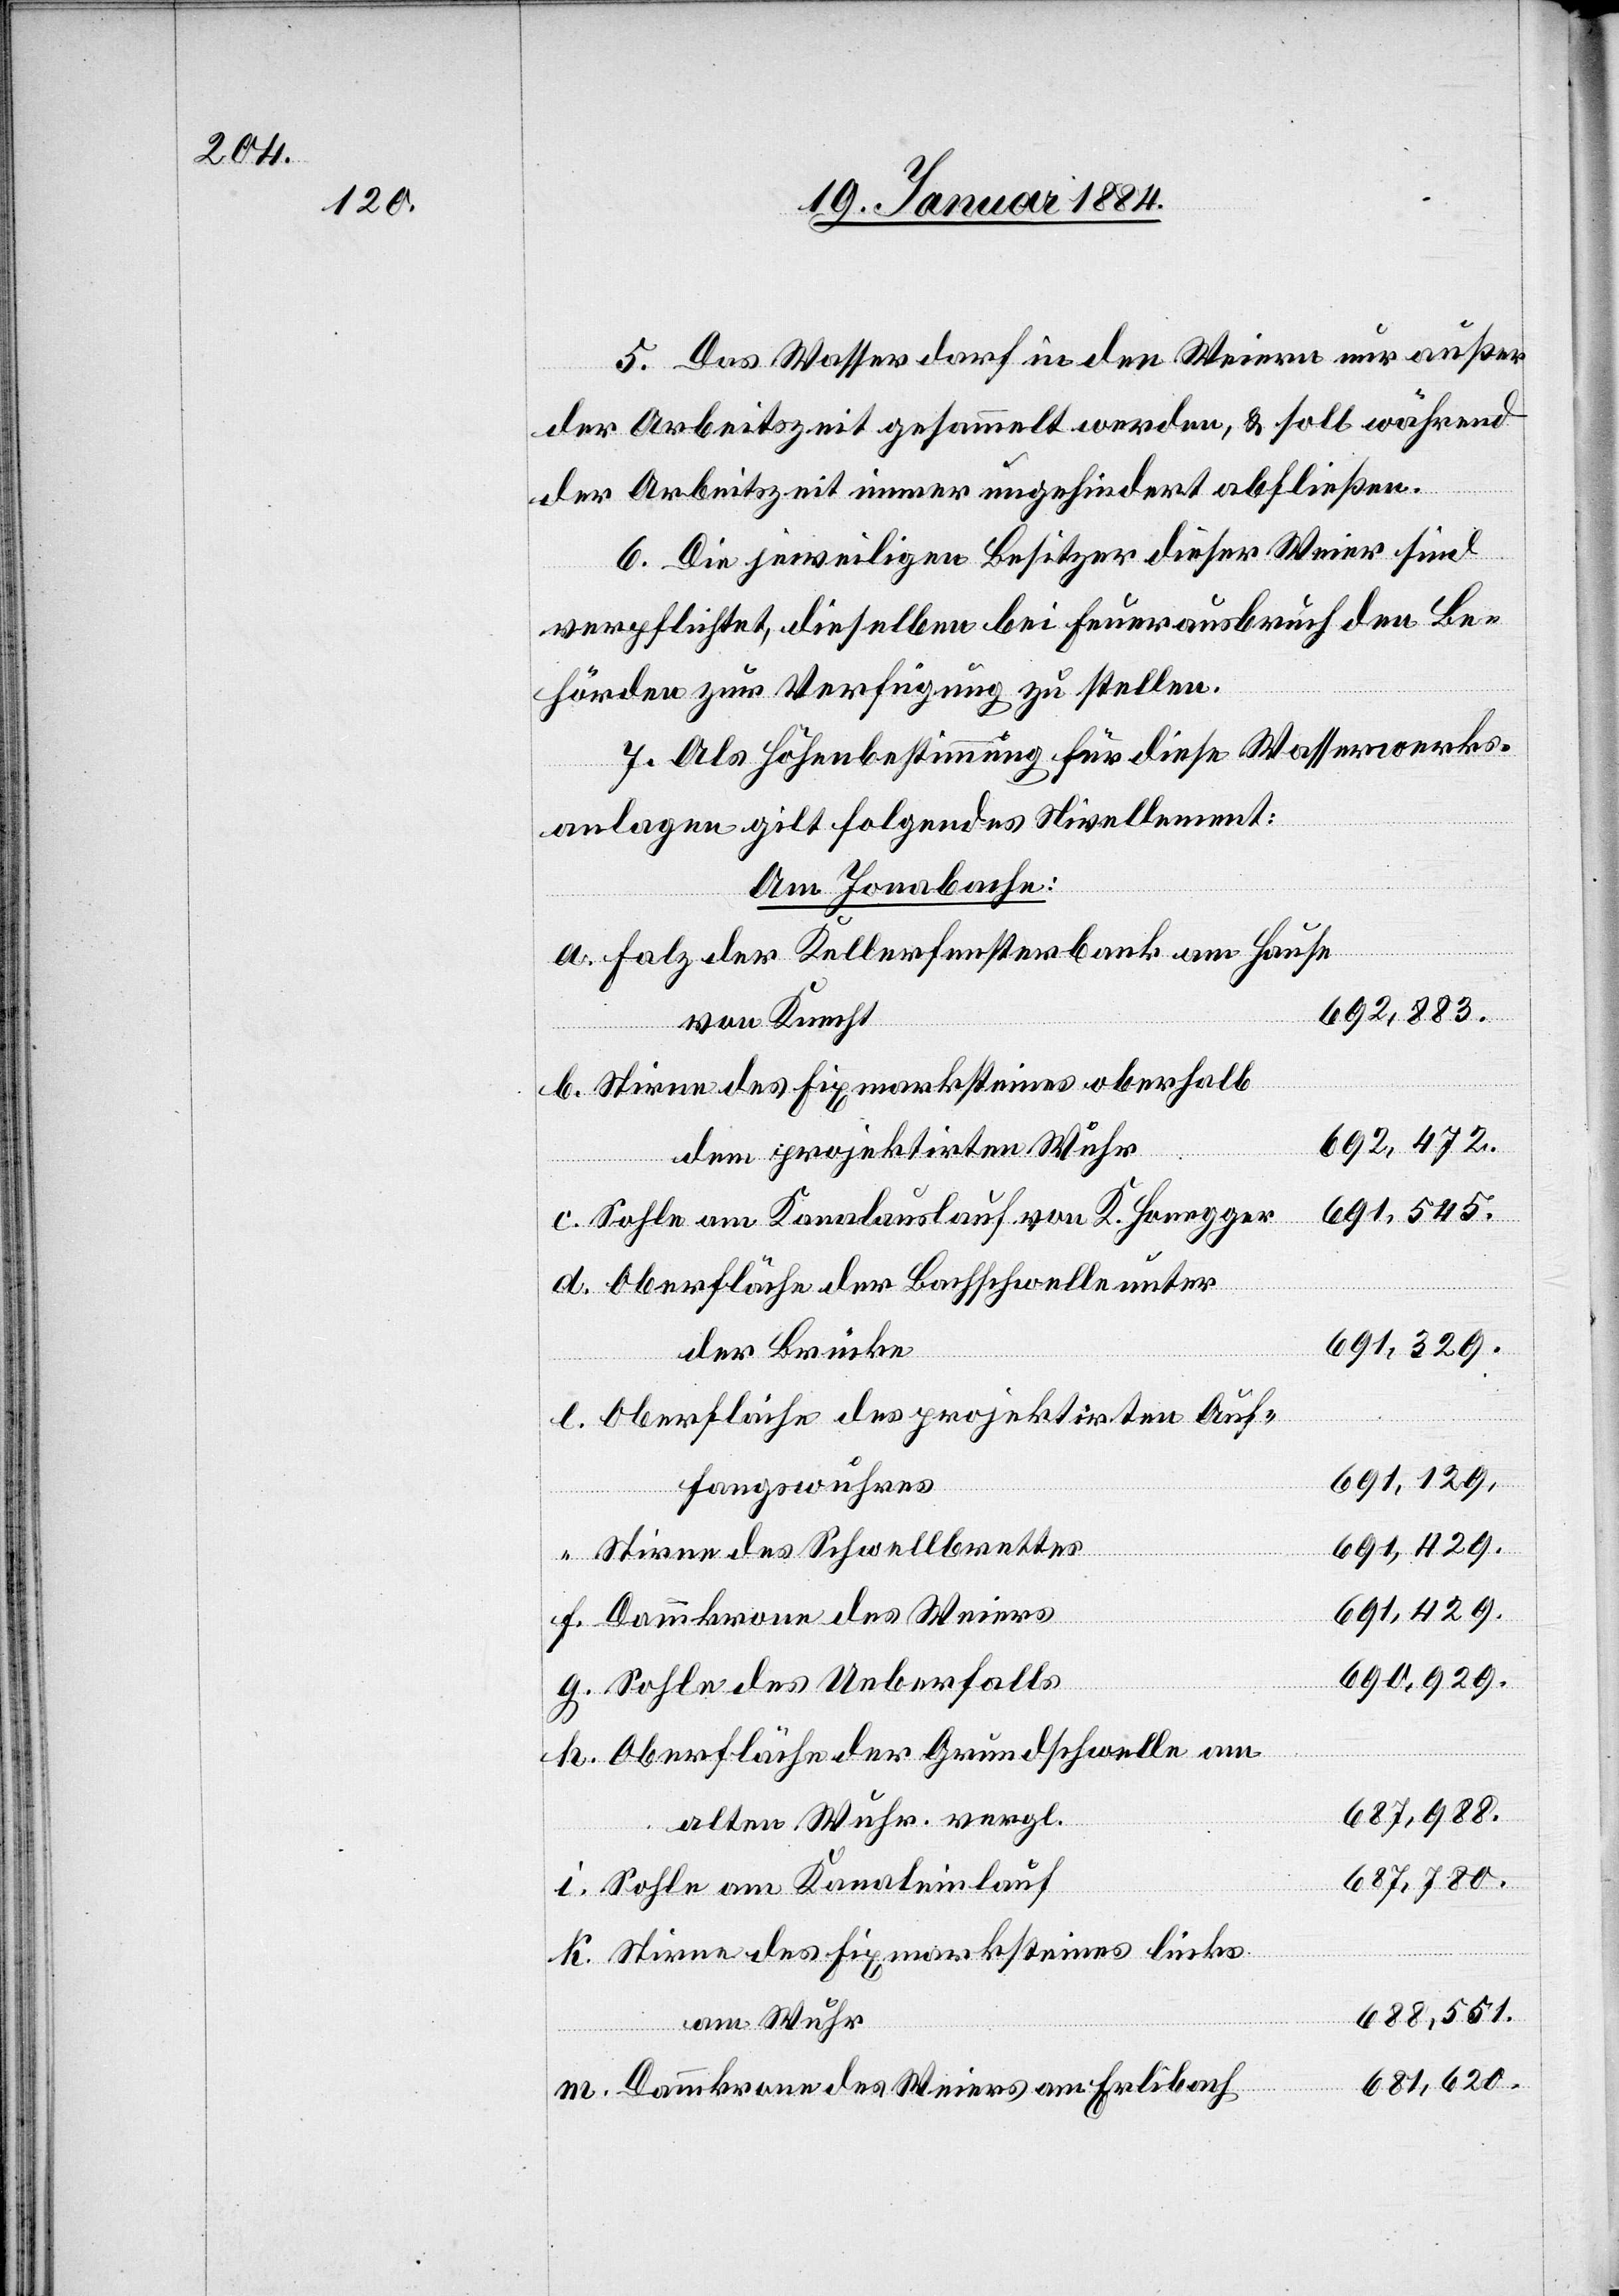
5. Das Wasser darf in den Weiern nur außer
der Arbeitszeit gesammelt werden, & soll während
der Arbeitszeit immer ungehindert abfließen.
6. Die jeweiligen Besitzer dieser Weier sind
verpflichtet, dieselben bei Feuerausbruch den Be¬
hörden zur Verfügung zu stellen.
7. Als Höhenbestimmung für diese Wasserwerks¬
anlagen gilt folgendes Nivellement:
Am Jonabache:
Falz der Kellerfensterbank am Hause
692,883.
von Knecht
Stirne des Fixmarksteines oberhalb
692,472.
dem projektirten Wuhr
e.
691,545.
Sohle am Kanalauslauf von K. Honegger
Oberfläche der Bachschwelle unter
691,329.
der Brücke
Oberfläche des projektirten Auf¬
fangswuhres
691,429.
Stirne des Schwellbrettes
Dammkrone des Weiers
690,929.
Sohle des Ueberfalles
Oberfläche der Grundschwelle am
687,780.
alten Wuhr. vergl.
Sohle am Kanaleinlauf
Stirne des Fixmarksteines links
688,551.
am Wuhr
681,620.
Dammkrone des Weiers am Erlibach